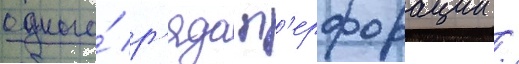
одного́ р'яда п'ерфорации /